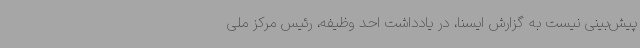
پیش‌بینی نیست به گزارش ایسنا، در یادداشت احد وظیفه، رئیس مرکز ملی